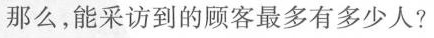
那么，能采访到的顾客最多有多少人?